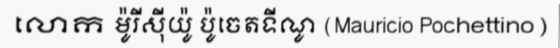
លោក ម៉ូរីស៊ីយ៉ូ ប៉ូចេតទីណូ (Mauricio Pochettino)